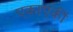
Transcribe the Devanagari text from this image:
एकाएकीं